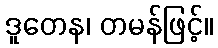
ဒူတေန၊ တမန်ဖြင့်။